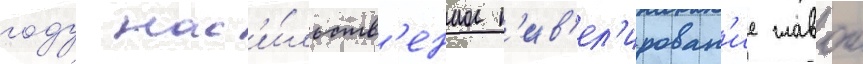
году нас'и́льств'енное н'ив'ел'ирован'ие главои